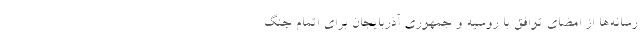
رسانه‌ها از امضای توافق با روسیه و جمهوری آذربایجان برای اتمام جنگ